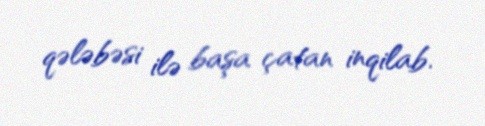
qələbəsi ilə başa çatan inqilab.